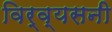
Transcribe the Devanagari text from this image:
विर्व्यसनी